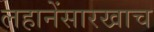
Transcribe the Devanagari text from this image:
लहानेंसारखाच